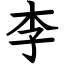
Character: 李